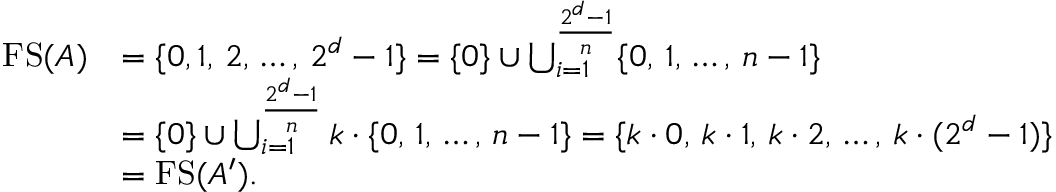
\begin{array} { r l } { \ensuremath { \operatorname { F S } } ( A ) } & { = \{ 0 , 1 , \, 2 , \, \dots , \, 2 ^ { d } - 1 \} = \{ 0 \} \cup \bigcup _ { i = 1 } ^ { \frac { 2 ^ { d } - 1 } { n } } \{ 0 , \, 1 , \, \dots , \, n - 1 \} } \\ & { = \{ 0 \} \cup \bigcup _ { i = 1 } ^ { \frac { 2 ^ { d } - 1 } { n } } k \cdot \{ 0 , \, 1 , \, \dots , \, n - 1 \} = \{ k \cdot 0 , \, k \cdot 1 , \, k \cdot 2 , \, \dots , \, k \cdot ( 2 ^ { d } - 1 ) \} } \\ & { = \ensuremath { \operatorname { F S } } ( A ^ { \prime } ) . } \end{array}